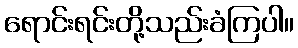
ရောင်းရင်းတို့သည်းခံကြပါ။